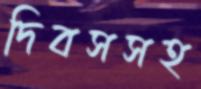
দিবসসহ